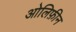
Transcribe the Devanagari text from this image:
ओलिफ़ीन